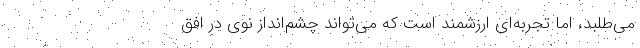
می‌طلبد، اما تجربه‌ای ارزشمند است که می‌تواند چشم‌انداز نوی در افق